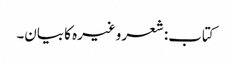
کتاب: شعر وغیرہ کا بیان۔